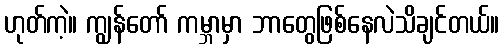
ဟုတ်ကဲ့။ ကျွန်တော် ကမ္ဘာမှာ ဘာတွေဖြစ်နေလဲသိချင်တယ်။